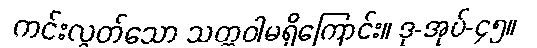
ကင်းလွတ်သော သတ္တဝါမရှိကြောင်း။ ဒု-အုပ်-၄၅။